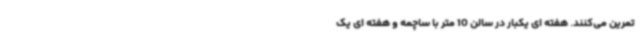
تمرین می‌کنند. هفته ای یکبار در سالن 10 متر با ساچمه و هفته ای یک